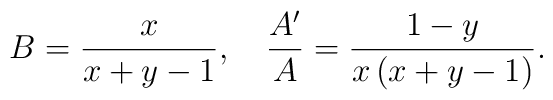
B =\frac{x}{x+y-1},\quad\frac{A'}{A}=\frac{1-y}{x\left(x+y-1\right)}.